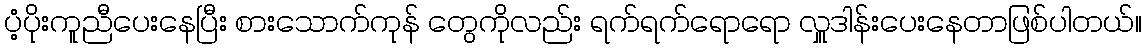
ပံ့ပိုးကူညီပေးနေပြီး စားသောက်ကုန် တွေကိုလည်း ရက်ရက်ရောရော လှူဒါန်းပေးနေတာဖြစ်ပါတယ်။